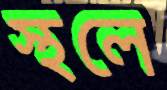
স্থলে